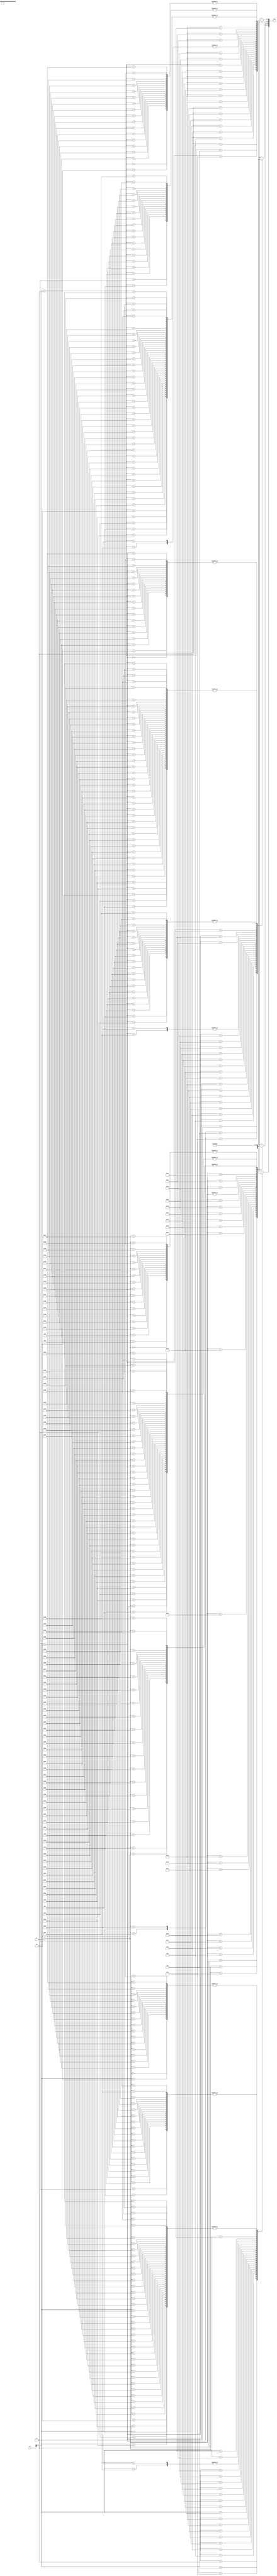
module instruction_memory(pc, inst);
input [31:0] pc;
output reg [31:0] inst;

reg [7:0] mem[99:0];

always@(pc)
begin
	mem[0] = 8'b00110100;
	mem[1] = 8'b00001000;
	mem[2] = 8'b00000000;
	mem[3] = 8'b00001011;
	mem[4] = 8'b00110100;
	mem[5] = 8'b00001001;
	mem[6] = 8'b00000000;
	mem[7] = 8'b00001000;
	mem[8] = 8'b00110100;
	mem[9] = 8'b00001010;
	mem[10] = 8'b00000000 ;
	mem[11] = 8'b00110101 ;
	mem[12] = 8'b00000000 ;//mem[12] = 8'b00000000 ;
	mem[13] = 8'b00001000 ; //==> 16
	mem[14] = 8'b10001000 ;
	mem[15] = 8'b10000000 ;//mem[15] = 8'b10000000 ;
	mem[16] = 8'b00000010 ;
	mem[17] = 8'b00101001 ;
	mem[18] = 8'b10010000 ;
	mem[19] = 8'b00100000 ;
	mem[20] = 8'b00010001 ;
	mem[21] = 8'b01010010 ;
	mem[22] = 8'b00000000 ;
	mem[23] = 8'b00001100 ;
	mem[24] = 8'b10001110 ;
	mem[25] = 8'b01001011 ;
	mem[26] = 8'b00000000 ;
	mem[27] = 8'b00000000 ;
	mem[28] = 8'b00100001 ;
	mem[29] = 8'b01101100 ;
	mem[30] = 8'b00000000 ;
	mem[31] = 8'b00000001 ;
	mem[32] = 8'b00001000 ;
	mem[33] = 8'b00000000 ;
	mem[34] = 8'b00000000 ;
	mem[35] = 8'b00010000 ;
	mem[36] = 8'b00000000 ;
	mem[37] = 8'b00000001 ;
	mem[38] = 8'b00011110 ;
	mem[39] = 8'b11110000 ;
	mem[40] = 8'b00110100 ;
	mem[41] = 8'b00001000 ;
	mem[42] = 8'b00000000 ;
	mem[43] = 8'b00000000 ;
	mem[44] = 8'b00110100 ;
	mem[45] = 8'b00001000 ;
	mem[46] = 8'b00000000 ;
	mem[47] = 8'b00000000 ;
	mem[48] = 8'b00110100 ;
	mem[50] = 8'b00001000 ;
	mem[51] = 8'b00000000 ;
	mem[52] = 8'b00110100 ;
	mem[53] = 8'b00001000 ;
	mem[54] = 8'b00000000 ;
	mem[55] = 8'b00000000 ;
	mem[56] = 8'b00110100 ;
	mem[57] = 8'b00001000 ;
	mem[58] = 8'b00000000 ;
	mem[59] = 8'b00000000 ;
	mem[60] = 8'b00110100 ;
	mem[61] = 8'b00001000 ;
	mem[62] = 8'b00000000 ;
	mem[63] = 8'b00000000 ;
	mem[64] = 8'b00110100 ;
	mem[65] = 8'b00001000 ;
	mem[66] = 8'b00000000 ;
	mem[67] = 8'b00000000 ;
	mem[68] = 8'b00110100 ;
	mem[69] = 8'b00001000 ;
	mem[70] = 8'b00000000 ;
	mem[71] = 8'b00000000 ;
	mem[72] = 8'b00110100 ;
	mem[73] = 8'b00001000 ;
	mem[74] = 8'b00000000 ;
	mem[75] = 8'b00000000 ;
	mem[76] = 8'b00110100 ;
	mem[77] = 8'b00001000 ;
	mem[78] = 8'b00000000 ;
	mem[79] = 8'b00000000 ;
	mem[80] = 8'b00110100 ;
	mem[81] = 8'b00001000 ;
	mem[82] = 8'b00000000 ;
	mem[83] = 8'b00000000 ;
	mem[84] = 8'b00110100 ;
	mem[85] = 8'b00001000 ;
	mem[86] = 8'b00000000 ;
	mem[87] = 8'b00000000 ;
	mem[88] = 8'b00110100 ;
	mem[89] = 8'b00001000 ;
	mem[90] = 8'b00000000 ;
	mem[91] = 8'b00000000 ;
	mem[92] = 8'b00110100 ;
	mem[93] = 8'b00001000 ;
	mem[94] = 8'b00000000 ;
	mem[95] = 8'b00000000 ;
	mem[96] = 8'b00110100 ;
	mem[97] = 8'b00001000 ;
	mem[98] = 8'b00000000 ;
	mem[99] = 8'b00000000 ;
end

always@(pc)
begin
	inst={mem[pc], mem[pc+32'd1], mem[pc+32'd2], mem[pc+32'd3]};
end

endmodule